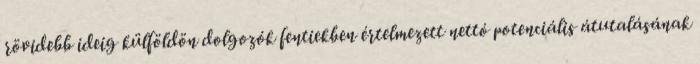
rövidebb ideig külföldön dolgozók fentiekben értelmezett nettó potenciális átutalásának